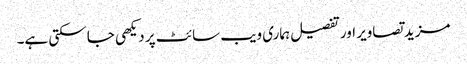
مزید تصاویر اور تفصیل ہماری ویب سائٹ پر دیکھی جا سکتی ہے۔